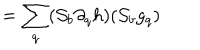
LaTeX: = \sum _ { q } ( { \cal S } _ { b } \partial _ { q } h ) ( { \cal S } _ { b } g _ { q } )